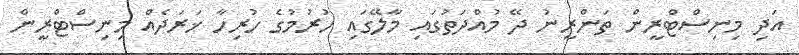
އަދި މިނިސްޓްރީން ތަންރީނު ދޭ މުއްދަތުގައި މާލޭގައި ހުރުމުގެ ހުރިހާ ޚަރަދެއް މިނިސްޓްރީން